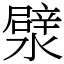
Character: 㵨